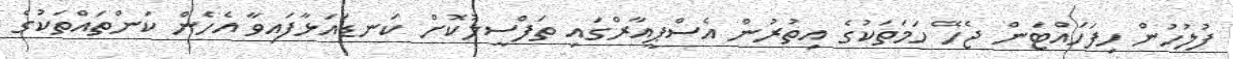
ފުލުހުން ހިފަހައްޓަން ޖެހޭ ހަމަތަކުގެ އިތުރުން އެސްްޕީއާރްގައި ތަފްސީލުކޮށް ކަނޑައަޅާފައިވާ އެހެން ކަންތައްތަކުގެ